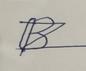
Signature authenticity: forged